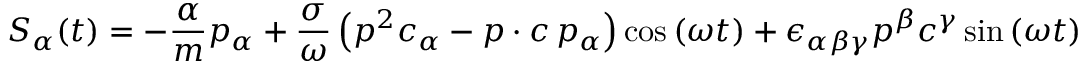
S _ { \alpha } ( t ) = - \frac \alpha m p _ { \alpha } + \frac \sigma \omega \left( p ^ { 2 } c _ { \alpha } - p \cdot c \, p _ { \alpha } \right) \cos \left( \omega t \right) + \epsilon _ { \alpha \beta \gamma } p ^ { \beta } c ^ { \gamma } \sin \left( \omega t \right)